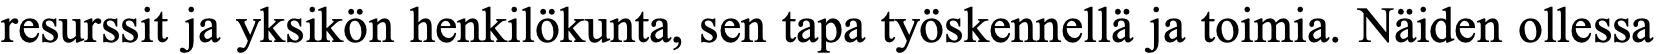
resurssit ja yksikön henkilökunta, sen tapa työskennellä ja toimia. Näiden ollessa